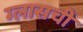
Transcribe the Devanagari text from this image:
ग्लासची